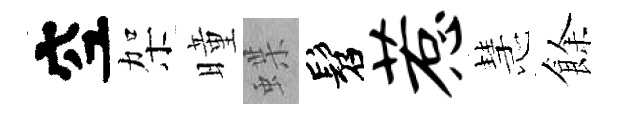
空架曈蝶髫惹慧餘